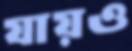
যায়ও